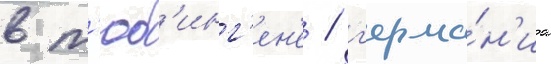
в т'юб'инг'ен'е / г'ерма́н'иа